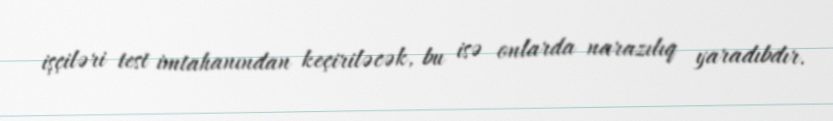
işçiləri test imtahanından keçiriləcək, bu isə onlarda narazılıq yaradıbdır.